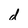
Character: d